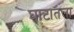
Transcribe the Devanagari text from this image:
घाटातला